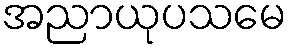
အညာယုပသမေ